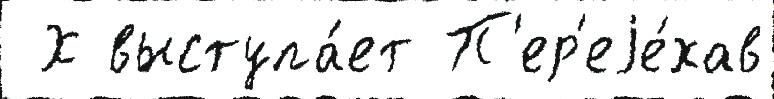
 Х выступа́ет П'ер'еjе́хав